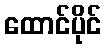
ထောင်ပိုင်